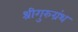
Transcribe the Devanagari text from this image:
श्रीगुरुग्रंथ